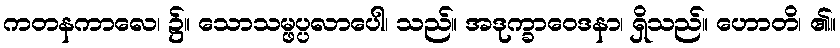
ကတနကာလေ၊ ၌။ သောသမ္ဖပ္ပလာပေါ၊ သည်။ အဒုက္ခာဝေဒနာ၊ ရှိသည်။ ဟောတိ၊ ၏။